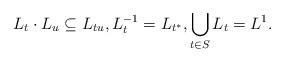
LaTeX: \begin{align*} L_t\cdot L_u\subseteq L_{tu}, L_t^{-1} = L_{t^*}, \bigcup_{t\in S} L_t=L^1. \end{align*}